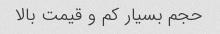
حجم بسیار کم و قیمت بالا